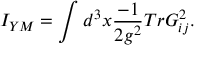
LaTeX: I _ { Y M } = \int d ^ { 3 } x \frac { - 1 } { 2 g ^ { 2 } } T r G _ { i j } ^ { 2 } .